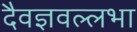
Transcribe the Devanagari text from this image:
दैवज्ञवल्लभा